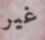
غير